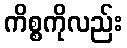
ကိစ္စကိုလည်း